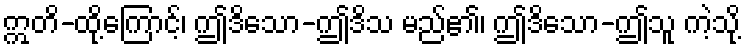
ဣတိ-ထို့ကြောင့်၊ ဤဒိသော-ဤဒိသ မည်၏၊ ဤဒိသော-ဤသူ ကဲ့သို့